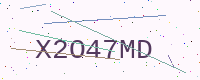
Text: X2O47MD